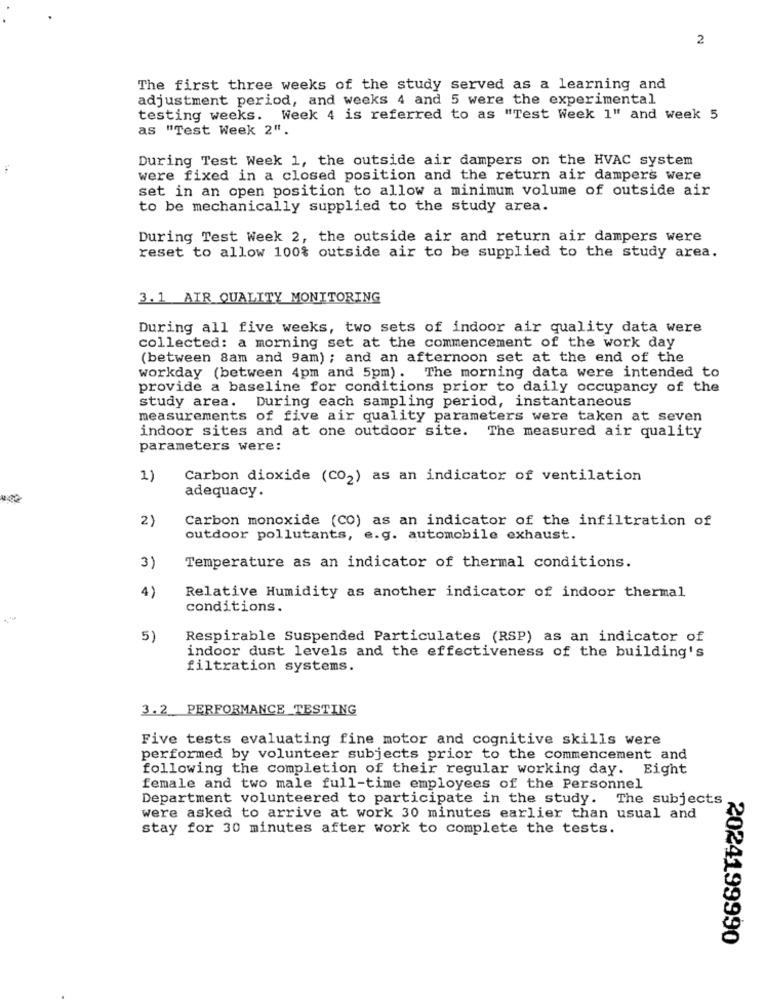
2
The first three weeks of the study served as a learning and
adjustment period, and weeks 4 and 5 were the experimental
testing weeks. Week 4 is referred to as "Test Week 1" and week 5
as "Test Week 2".
During Test Week 1, the outside air dampers on the HVAC system
were fixed in a closed position and the return air dampers were
set in an open position to allow a minimum volume of outside air
to be mechanically supplied to the study area.
During Test week 2, the outside air and return air dampers were
reset to allow 100% outside air to be supplied to the study area.
3.1 AIR QUALITY MONITORING
During all five weeks, two sets of indoor air quality data were
collected: a morning set at the commencement of the work day
(between 8am and 9am) ; and an afternoon set at the end of the
workday (between 4pm and 5pm). The morning data were intended to
provide a baseline for conditions prior to daily occupancy of the
study area. During each sampling period, instantaneous
measurements of five air quality parameters were taken at seven
indoor sites and at one outdoor site. The measured air quality
parameters were:
1)
Carbon dioxide (CO2) as an indicator of ventilation
adequacy.
2)
Carbon monoxide (CO) as an indicator of the infiltration of
outdoor pollutants, e.g. automobile exhaust.
3)
Temperature as an indicator of thermal conditions.
4)
Relative Humidity as another indicator of indoor thermal
conditions.
5)
Respirable Suspended Particulates (RSP) as an indicator of
indoor dust levels and the effectiveness of the building's
filtration systems.
3.2 PERFORMANCE TESTING
Five tests evaluating fine motor and cognitive skills were
performed by volunteer subjects prior to the commencement and
following the completion of their regular working day. Eight
female and two male full-time employees of the Personnel
Department volunteered to participate in the study. The subjects
were asked to arrive at work 30 minutes earlier than usual and
stay for 30 minutes after work to complete the tests.
2024199990